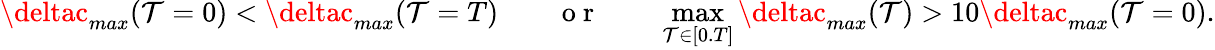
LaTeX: \deltac_{max}(\mathcal{T}=0)<\deltac_{max}(\mathcal{T}=T)\qquad\mathrm{{~o~r~}}\qquad\operatorname*{max}_{\mathcal{T}\in[0.T]}\deltac_{max}(\mathcal{T})>10\deltac_{max}(\mathcal{T}=0).